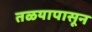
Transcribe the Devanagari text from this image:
तळयापासून